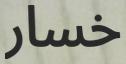
خسار